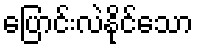
ပြောင်းလဲနိုင်သော